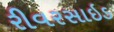
રીવરસાઇડ